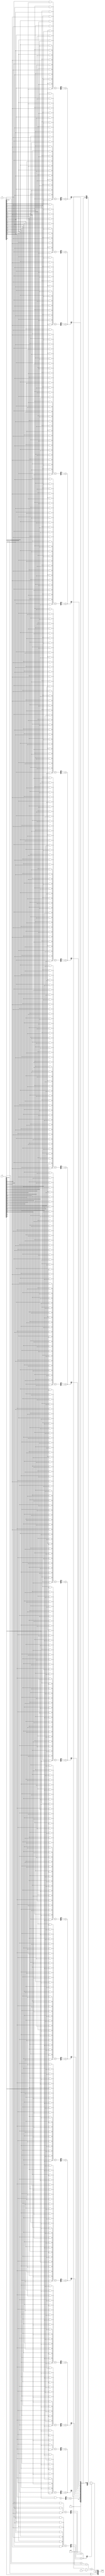
module fp_wallace_tree_multiplier (
    input [31:0] a, // First floating-point number
    input [31:0] b, // Second floating-point number
    output [31:0] result // Resulting floating-point number
);

    // IEEE 754 components
    wire sign_a = a[31];
    wire sign_b = b[31];
    wire [7:0] exp_a = a[30:23];
    wire [7:0] exp_b = b[30:23];
    wire [22:0] frac_a = a[22:0];
    wire [22:0] frac_b = b[22:0];

    // Sign calculation
    wire result_sign = sign_a ^ sign_b;

    // Exponent calculation
    wire [8:0] exp_sum = {1'b0, exp_a} + {1'b0, exp_b} - 8'd127; // Subtract bias
    wire [7:0] result_exp = exp_sum[7:0]; // Keep lower 8 bits

    // Significand multiplication
    wire [46:0] significand_a = {1'b1, frac_a}; // Implicit leading 1
    wire [46:0] significand_b = {1'b1, frac_b}; // Implicit leading 1
    wire [93:0] raw_product;

    // Generate partial products
    genvar i, j;
    generate
        for (i = 0; i < 23; i = i + 1) begin : pp_gen
            for (j = 0; j < 23; j = j + 1) begin : pp_gen_inner
                assign raw_product[i + j] = significand_a[i] & significand_b[j];
            end
        end
    endgenerate

    // Wallace Tree Reduction (simplified to 2 levels for demonstration)
    wire [93:0] pp; // Partial products
    assign pp = raw_product;

    wire [47:0] sum1;
    wire [47:0] carry1;
    wire [47:0] sum2;
    wire [47:0] carry2;

    // Stage 1: Full adders and half adders
    generate
        for (i = 0; i < 46; i = i + 1) begin : add_stage1
            if (i % 2 == 0) begin
                assign {carry1[i/2], sum1[i/2]} = pp[i] + pp[i+1];
            end
        end
    endgenerate

    // Stage 2: Reduce again
    generate
        for (i = 0; i < 23; i = i + 1) begin : add_stage2
            assign {carry2[i/2], sum2[i/2]} = sum1[i] + carry1[i];
        end
    endgenerate

    // Result significand
    wire [47:0] result_significand = sum2[0] ? {1'b0, sum2[46:1]} : sum2[46:0]; // Normalize if needed

    // Normalization and rounding (simplified)
    wire [7:0] adjusted_exp = result_exp + (sum2[47] ? 1 : 0);
    wire [22:0] final_significand = result_significand[22:0];

    // Output formation
    assign result = {result_sign, adjusted_exp, final_significand};

endmodule